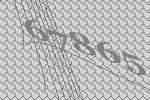
67865